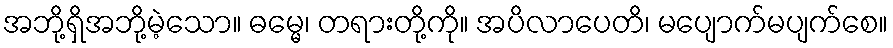
အဘို့ရှိအဘို့မဲ့သော။ ဓမ္မေ၊ တရားတို့ကို။ အပိလာပေတိ၊ မပျောက်မပျက်စေ။